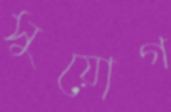
সুয়োগ